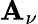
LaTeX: \mathbf{A}_{\nu}